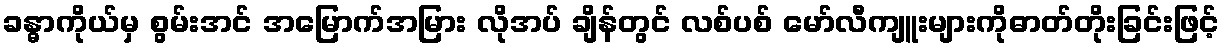
ခန္ဓာကိုယ်မှ စွမ်းအင် အမြောက်အမြား လိုအပ် ချိန်တွင် လစ်ပစ် မော်လီကျူးများကိုဓာတ်တိုးခြင်းဖြင့်